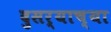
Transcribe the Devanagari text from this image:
दुसर्याच्या